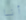
أنا